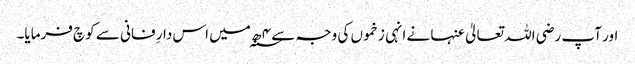
اور آپ رضی اللہ تعالیٰ عنہا نے انہی زخموں کی وجہ سے ۴ ھ؁ میں اس دارِ فانی سے کوچ فرمایا۔